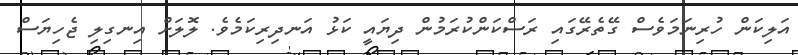
އަލިކަން ހުރިނަމަވެސް ގޭތެރޭގައި ރަސްކަންކުރަމުން ދިޔައީ ކަޅު އަނދިރިކަމެވެ. ލޮލަށް އިނގިލި ޖެހިޔަސް